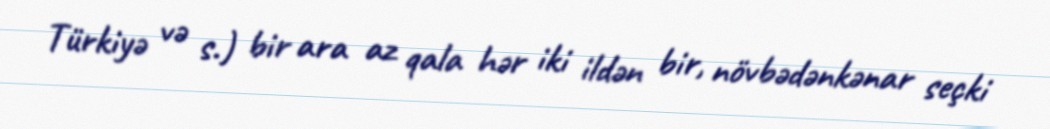
Türkiyə və s.) bir ara az qala hər iki ildən bir, növbədənkənar seçki